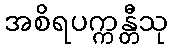
အစိရပက္ကန္တီသု